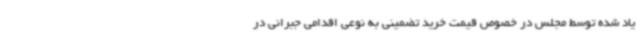
یاد شده توسط مجلس در خصوص قیمت خرید تضمینی به نوعی اقدامی جبرانی در